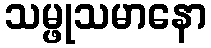
သမ္ဖုသမာနော